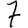
Digit: 7